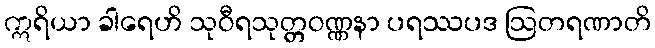
ဣရိယာ ခါရေဟိ သုဝီရသုတ္တဝဏ္ဏနာ ပရဿပဒ ဩတရဏာတိ